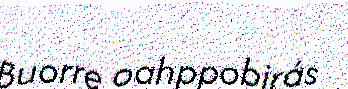
Buorre oahppobirás